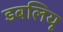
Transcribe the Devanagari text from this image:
डबलियू